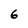
Character: 6